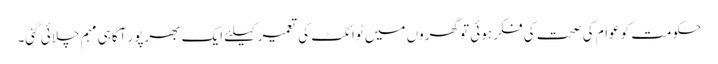
حکومت کو عوام کی صحت کی فکر ہوئی تو گھروں میں ٹوائلٹ کی تعمیر کیلئے ایک بھرپور آگاہی مہم چلائی گئی۔